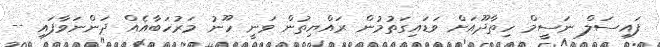
ފައިސަލް ނަސީމް ހިތާދޫއަށް ވަޑައިގަތުމުން ރައްޔިތުން ވަނީ ހޫނު މަރުހަބާއެއް ދަންނަވާފައި --